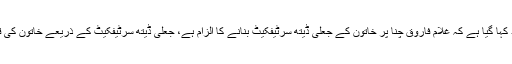
عدالتی فیصلے میں مزید کہا گیا ہے کہ غلام فاروق چنا پر خاتون کے جعلی ڈیتھ سرٹیفکیٹ بنانے کا الزام ہے، جعلی ڈیتھ سرٹیفکیٹ کے ذریعے خاتون کی قیمتی زمین ہتھیائی گئی۔